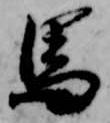
馬